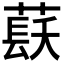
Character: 𱾏